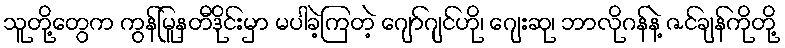
သူတို့တွေက ကွန်မြူနတီဒိုင်းမှာ မပါခဲ့ကြတဲ့ ဂျော်ဂျင်ဟို၊ ဂျေးဆု၊ ဘာလိုဂန်နဲ့ ဇင်ချန်ကိုတို့